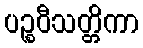
ပဉ္စဝီသတ္တိကာ